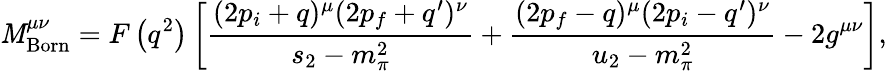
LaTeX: {\cal\mathit{M}}_{\mathrm{{Born}}}^{\mu\nu}=F\left(q^{2}\right)\left[\frac{{(2p_{i}+q)^{\mu}(2p_{f}+q^{\prime})^{\nu}}}{{s_{2}-m_{\pi}^{2}}}+\frac{{(2p_{f}-q)^{\mu}(2p_{i}-q^{\prime})^{\nu}}}{{u_{2}-m_{\pi}^{2}}}-2g^{\mu\nu}\right],